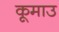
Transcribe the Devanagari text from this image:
कूमाउ